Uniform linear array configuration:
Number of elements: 4
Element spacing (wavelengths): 0.75
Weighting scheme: cosine
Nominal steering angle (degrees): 60
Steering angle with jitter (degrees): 58.54
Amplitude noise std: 0.05
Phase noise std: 0.05

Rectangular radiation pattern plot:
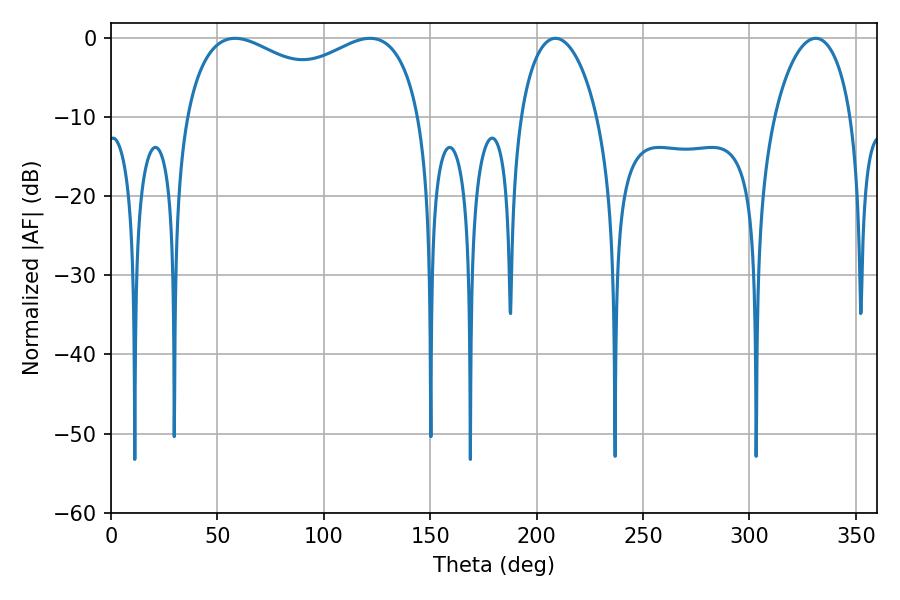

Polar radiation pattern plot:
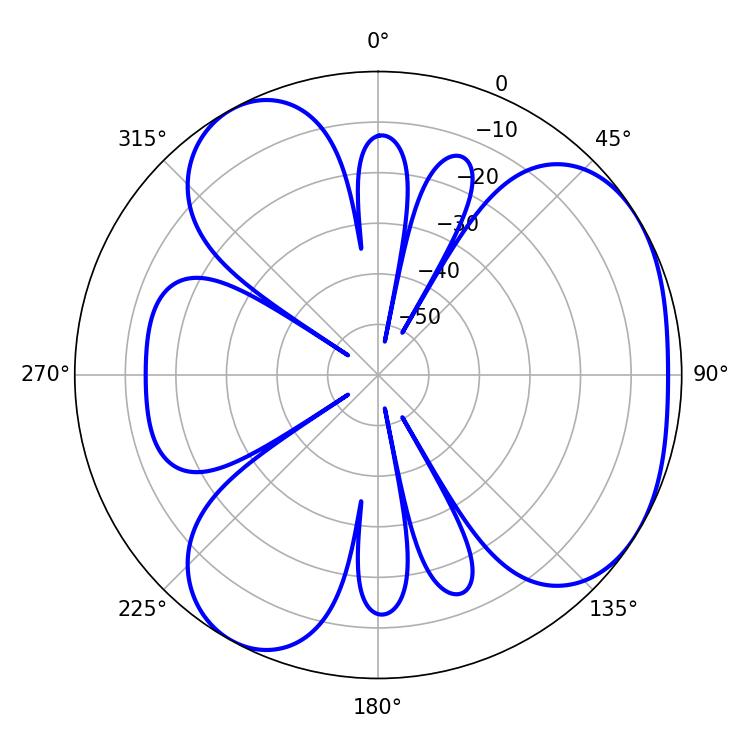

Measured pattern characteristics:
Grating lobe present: TRUE
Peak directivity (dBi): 4.229
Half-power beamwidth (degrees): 92.16
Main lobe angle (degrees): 58.32